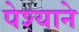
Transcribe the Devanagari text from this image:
पेश्याने